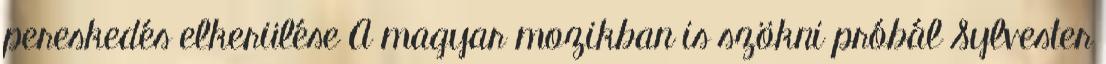
pereskedés elkerülése A magyar mozikban is szökni próbál Sylvester